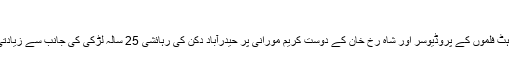
04:58 PM, 19 Jan, 2017
چنائے ایکسپریس اور ہیپی نیو ایئر جیسی سپر ہٹ فلموں کے پروڈیوسر اور شاہ رخ خان کے دوست کریم مورانی پر حیدرآباد دکن کی رہائشی 25 سالہ لڑکی کی جانب سے زیادتی اوربلیک میل کرنے کا الزام عائد کیا گیا ہے۔